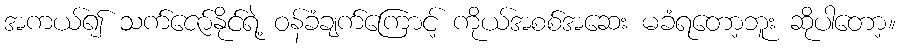
အကယ်၍ သက်ဇော်နိုင်ရဲ့ ဝန်ခံချက်ကြောင့် ကိုယ်အစစ်အဆေး မခံရတော့ဘူး ဆိုပါတော့။